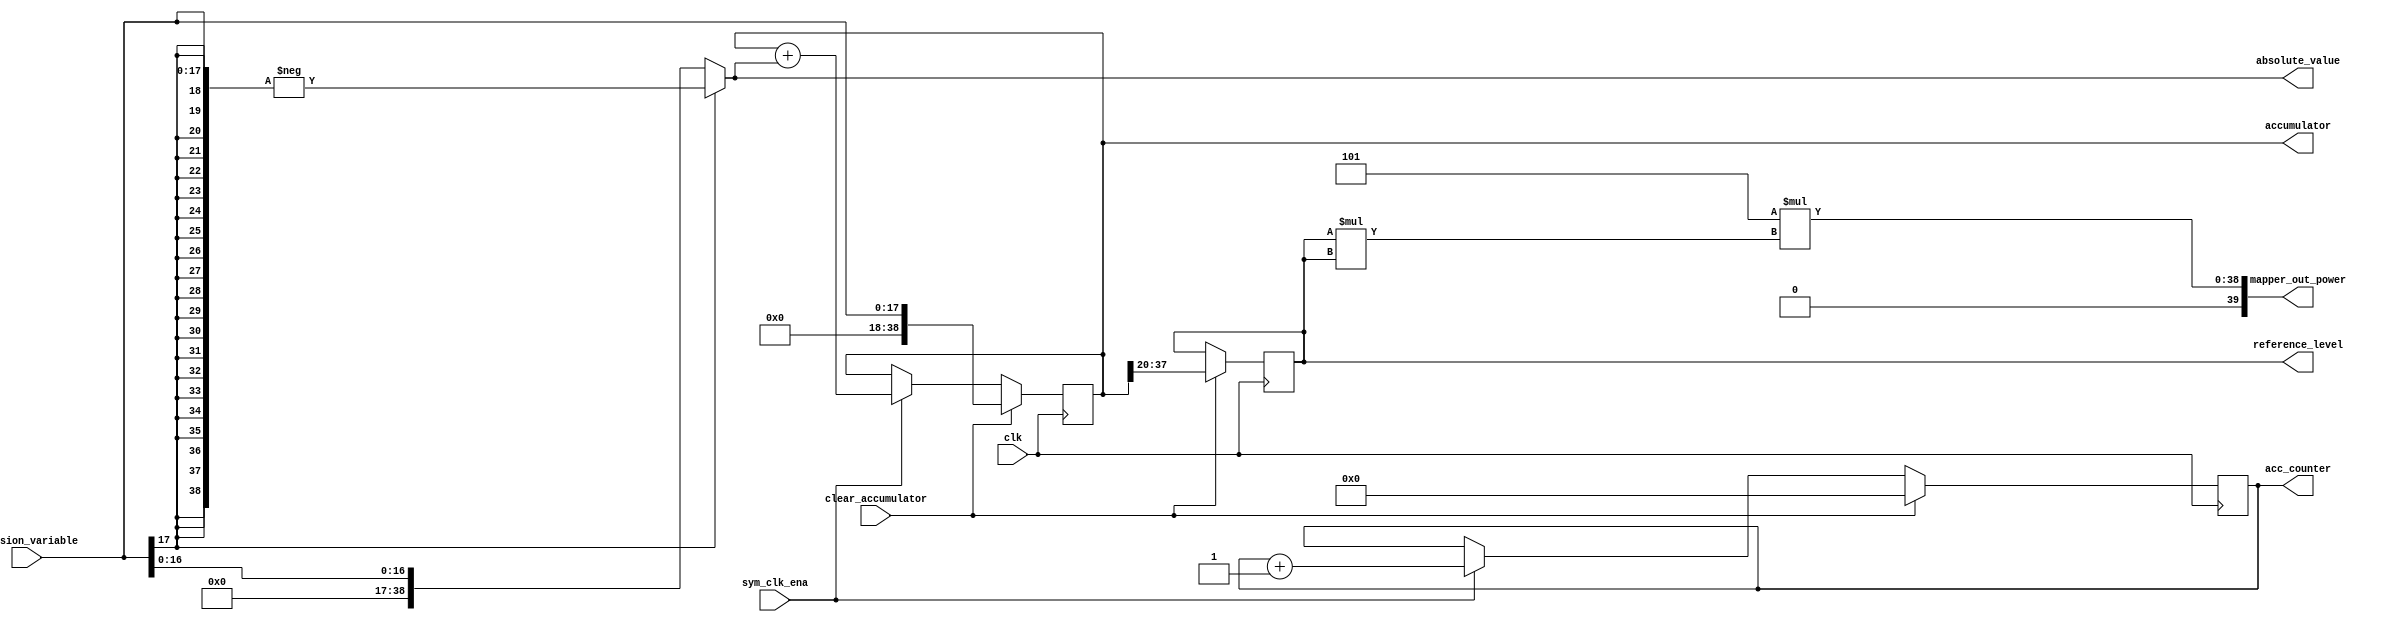
module magnitude_estimate #(

    parameter           DATA_WIDTH = 18, // data width
    parameter           ACC_DATA_WIDTH = 39, // only have 22 for now since the period could be very long - Should be 18s17 but make it 22s17 just in case
    parameter           ACC_IN_PADDING = ACC_DATA_WIDTH-DATA_WIDTH, // padding to the input of the accumulator as it may be large?
    parameter           REF_DIV = 20, // reference level division. Divide by 20 since 8*M = 8*2^18 = 2^21
    parameter           P_AVE_MULTIPLIER = 4'd5 //1.25 as a 2s2 number
)( 

    input              sym_clk_ena, //symbol clk enable
    input              clear_accumulator, 
    input              clk,
    input wire signed [DATA_WIDTH-1:0]   decision_variable, // dont know what format yet.
    output reg signed [DATA_WIDTH-1:0]   reference_level, //b, // 1s17
	output	reg signed [ACC_DATA_WIDTH-1:0] accumulator, absolute_value, acc_counter,
    output reg signed [2*DATA_WIDTH+4-1:0]   mapper_out_power // estimated average power - probably need more bits  (3 multiplications - could however use less bits as we know
                                                            // reference is 1.25) Data is now 1s17*1s17 = 2s34*2s2 = 4s36
);



//reg signed [ACC_DATA_WIDTH-1:0] absolute_value; 



reg signed [2*DATA_WIDTH-1:0] reference_level_squared;

//reg signed [DATA_WIDTH-1:0]

// TODO: make 1.25 value. ask about how many bits to use

// absolute value
always @ *
    if(decision_variable[DATA_WIDTH-1] == 1'b1)
        absolute_value = -{{ACC_IN_PADDING{decision_variable[DATA_WIDTH-1]}}, decision_variable};
		  //absolute_value <= -decision_variable; //21s17 <= 1s17
    else
        absolute_value = {{ACC_IN_PADDING{1'b0}}, decision_variable};
		  //absolute_value <= decision_variable; //21s17 <= 1s17

// acculumlator 21s17 
always @ (posedge clk) // or posedge clear_accumulator) // maybe change to always @ * instead?

    if (clear_accumulator)
		//accumulator <= absolute_value;
			accumulator <= {{ACC_IN_PADDING{1'b0}}, decision_variable};
				
    else if(sym_clk_ena)
        accumulator <= accumulator + absolute_value; // 21s17 + 21s17
		 
	else
		accumulator <= accumulator; // 21s17
		
		
always @ (posedge clk)
	if(clear_accumulator)
		acc_counter <= 39'd0;
	else if (sym_clk_ena)
		acc_counter <= acc_counter + 39'd1;
		
	else
		acc_counter <= acc_counter;

// reference_level	
always @ (posedge clk)
    if (clear_accumulator)
         //reference_level <= accum_shift[36:19];
		//reference_level <= accumulator[35:18]; // 1s17
		reference_level <= accumulator[37:20]; // 1s17
	else
		reference_level <= reference_level; // 1s17
		  
// always @ (posedge clk)
// 	if (clear_accumulator)
// 		b <= accumulator[38:21];
//         //b <= accumulator[36:19];
// 	else
// 		b <= b;

// reference squared
always @ *
    reference_level_squared = reference_level * reference_level; //1s17 * 1s17 = 2s34

// code for mapper_out_power

always @ *
    mapper_out_power = P_AVE_MULTIPLIER * reference_level_squared; //  2s34 * 2s2



endmodule